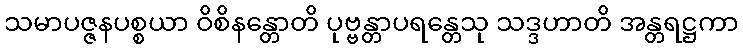
သမာပဇ္ဇနပစ္စယာ ဝိစိနန္တောတိ ပုဗ္ဗန္တာပရန္တေသု သဒ္ဒဟာတိ အန္တရဋ္ဌကာ